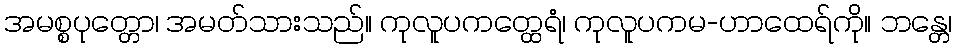
အမစ္စပုတ္တော၊ အမတ်သားသည်။ ကုလူပကတ္ထေရံ၊ ကုလူပကမ-ဟာထေရ်ကို။ ဘန္တေ၊